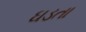
ઘડતા